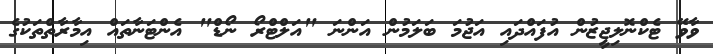
ވާވޭ ޓެކްނޮލިޖީޒުން އުފައްދައި އަޖުމަ ބަލަމުން އަންނަ "އަލްޓްރޯ ނޯޑް" އެންޓަނާތައް އިމާރާތްތަކުގެ